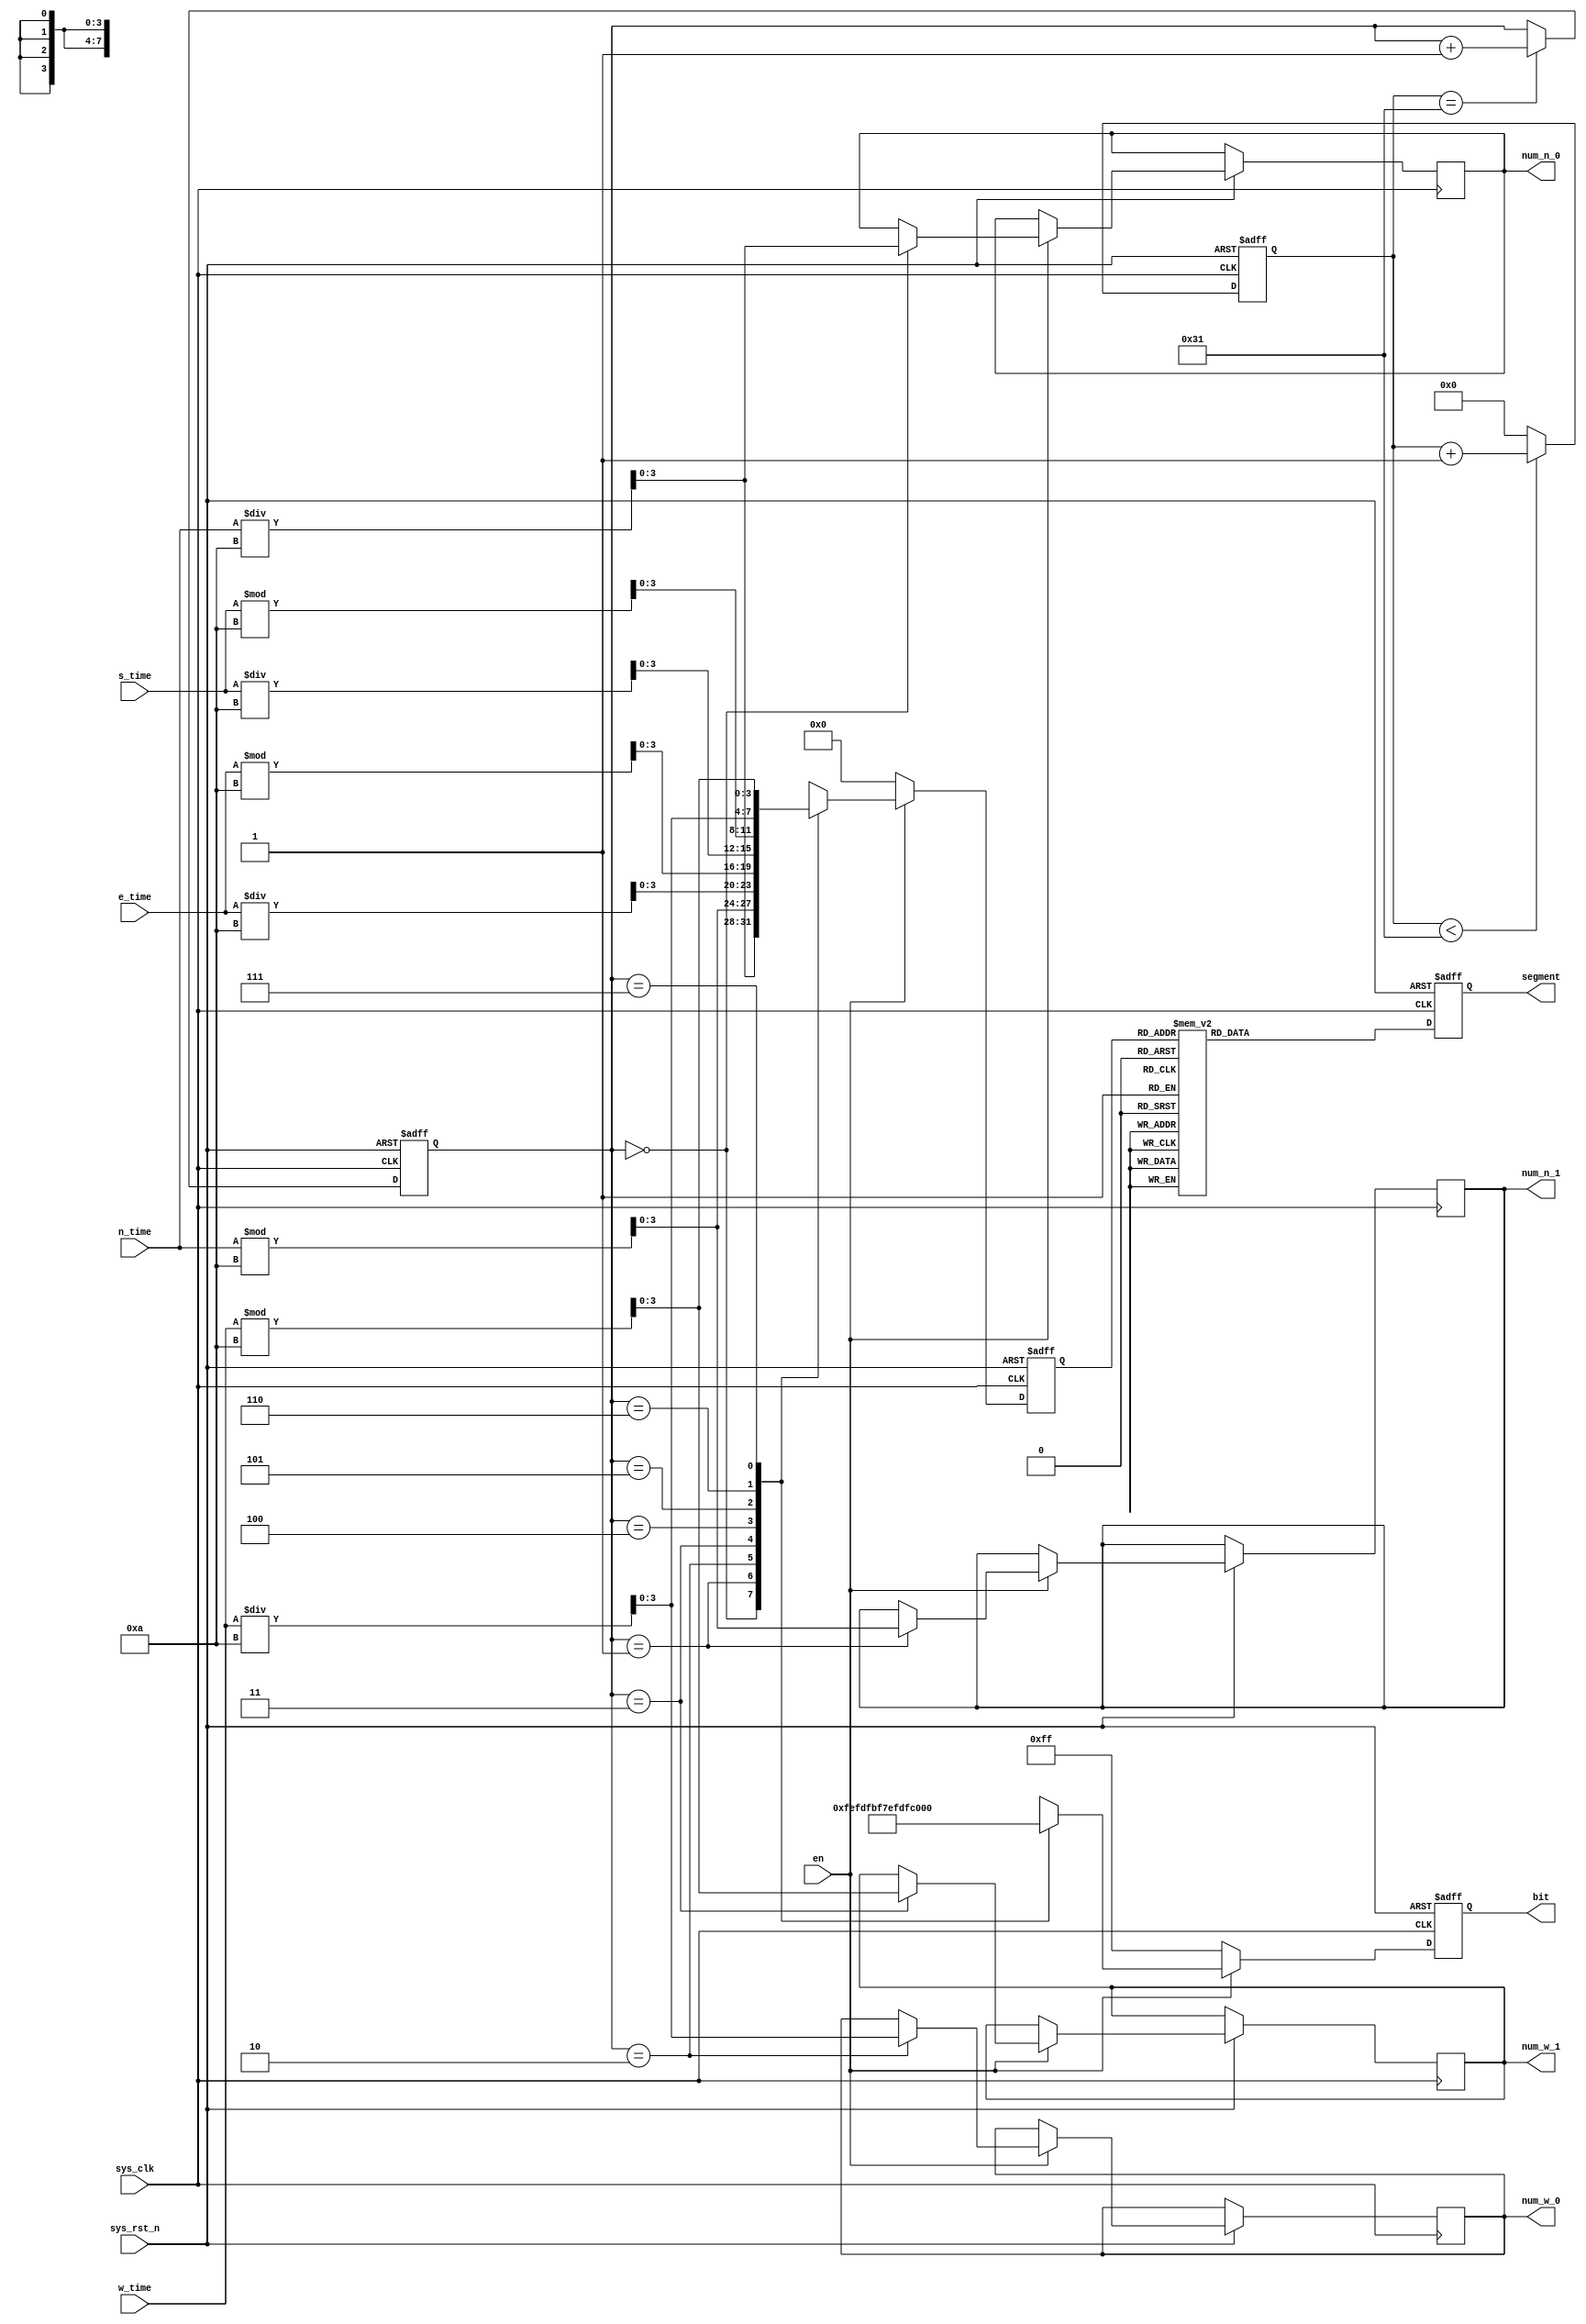
// 
module bit_seg_module(
    input                  sys_clk     ,     // 
    input                  sys_rst_n   ,     // 
    input        [9:0]     n_time      ,     //
    input        [9:0]     e_time      ,     //
	input        [9:0]     s_time      ,     //
    input        [9:0]     w_time      ,     //
    input                  en          ,     //                                                             
    output  reg  [7:0]     bit         ,     //()
    output  reg  [7:0]     segment     ,      //,
	output  reg   [3:0]     num_n_0	   , //
	output  reg   [3:0]     num_n_1	   , //
	output  reg   [3:0]     num_w_0	   , //
	output  reg   [3:0]     num_w_1	     //
);
//parameter define
parameter  state_count = 50;              //0.0001ms

//reg define 
reg    [15:0]             count_s;           //1ms()
reg    [2:0]              count_state;       //
reg    [3:0]              num;               //

//wire define
wire   [3:0]              data_n_0;         //
wire   [3:0]              data_n_1;         //
wire   [3:0]              data_e_0;         //
wire   [3:0]              data_e_1;         //
wire   [3:0]              data_s_0;         //
wire   [3:0]              data_s_1;         //
wire   [3:0]              data_w_0;         //
wire   [3:0]              data_w_1;         //

//               
assign  data_n_0   = n_time / 10;          //
assign  data_n_1   = n_time % 10;          //
assign  data_e_0   = e_time / 10;          //
assign  data_e_1   = e_time % 10;          //
assign  data_s_0   = s_time / 10;          //
assign  data_s_1   = s_time % 10;          //
assign  data_w_0   = w_time / 10;          //
assign  data_w_1   = w_time % 10;          //

//0.1ms(state_count)
always @ (posedge sys_clk or negedge sys_rst_n) begin
    if (!sys_rst_n)
        count_s <= 16'b0;
    else if (count_s < state_count - 1'b1)
        count_s <= count_s + 1'b1;
    else
        count_s <= 16'b0;
end 

//8 0.2ms(state_count)
always @ (posedge sys_clk or negedge sys_rst_n) begin
    if (!sys_rst_n)
        count_state <= 2'd0;
    else  if (count_s == state_count - 1'b1)
        count_state <= count_state + 1'b1;
    else
        count_state <= count_state;
end 

//bit
always @ (posedge sys_clk or negedge sys_rst_n) begin
    if(!sys_rst_n) begin
        bit  <= 8'b11111111;
        num  <= 4'b0;
    end 
    else if(en) begin       
        case (count_state) 
            3'd0 : begin     
                bit <= 8'b11111110;              //  
                num <= data_n_0;
		num_n_0 <= data_n_0;
            end       
            3'd1 : begin     
                bit <= 8'b11111101;              //
                num <= data_n_1;
		num_n_1 <= data_n_1;
            end 
            3'd2 : begin 
                bit <= 8'b11111011;              //
                num  <= data_e_0;
            	num_w_0 <= data_w_0;
			end
            3'd3 : begin 
                bit <= 8'b11110111;              //
                num  <= data_e_1 ;
		num_w_1 <= data_w_1;    
            end
			3'd4 : begin     
                bit <= 8'b11101111;              //  
                num <= data_s_0;
            end       
            3'd5 : begin     
                bit <= 8'b11011111;              //
                num <= data_s_1;
            end 
            3'd6 : begin 
                bit <= 8'b10111111;              //
                num  <= data_w_0;
            end
            3'd7 : begin 
                bit <= 8'b01111111;              //
                num  <= data_w_1 ;    
            end
            default : begin     
                bit <= 8'b11111111;                     
                num <= 4'b0;
            end 
        endcase
    end
    else  begin
          bit <= 8'b11111111;
          num <= 4'b0;    
    end
end 

//      
always @ (posedge sys_clk or negedge sys_rst_n) begin
    if (!sys_rst_n) 
        segment <= 8'b0; 
    else begin
        // 
        case (num)              
            4'd0 :     segment <= 8'b11000000;                                                        
            4'd1 :     segment <= 8'b11111001;                            
            4'd2 :     segment <= 8'b10100100;                            
            4'd3 :     segment <= 8'b10110000;                            
            4'd4 :     segment <= 8'b10011001;                            
            4'd5 :     segment <= 8'b10010010;                            
            4'd6 :     segment <= 8'b10000010;                            
            4'd7 :     segment <= 8'b11111000;      
            4'd8 :     segment <= 8'b10000000;      
            4'd9 :     segment <= 8'b10010000;    
            default :  segment <= 8'b11000000;
        endcase
    end 
end

endmodule